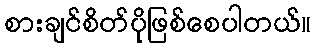
စားချင်စိတ်ပိုဖြစ်စေပါတယ်။